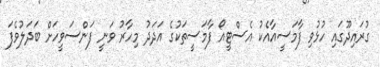
ގުރައިދޫގައި ހުޅުވި ފާމަސީއާއެކު އެސްޓީއޯ ފާމަސީތަކުގެ އަދަދު މިހާރު ވަނީ ފަންސަވީހަށް ބަދަލުވެފަ